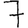
Digit: 7